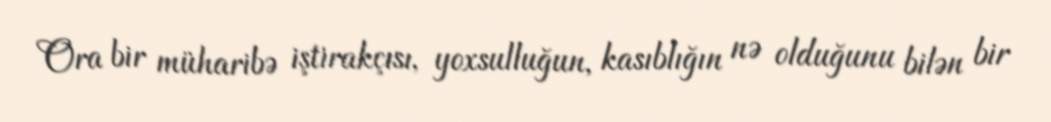
Ora bir müharibə iştirakçısı, yoxsulluğun, kasıblığın nə olduğunu bilən bir